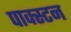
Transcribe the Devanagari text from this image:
पाक्स्टन